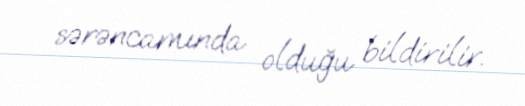
sərəncamında olduğu bildirilir.